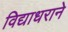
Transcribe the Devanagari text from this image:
विद्याधराने